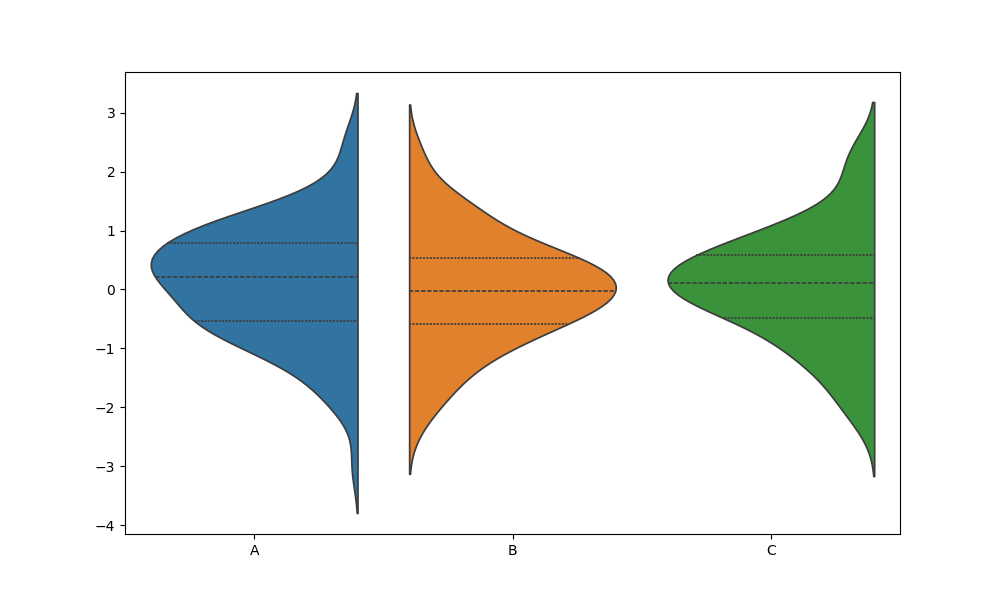
python, seaborn, violinplot, scale='count', split='True', inner='quart', fill='True'